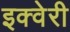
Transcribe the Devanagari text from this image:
इक्वेरी